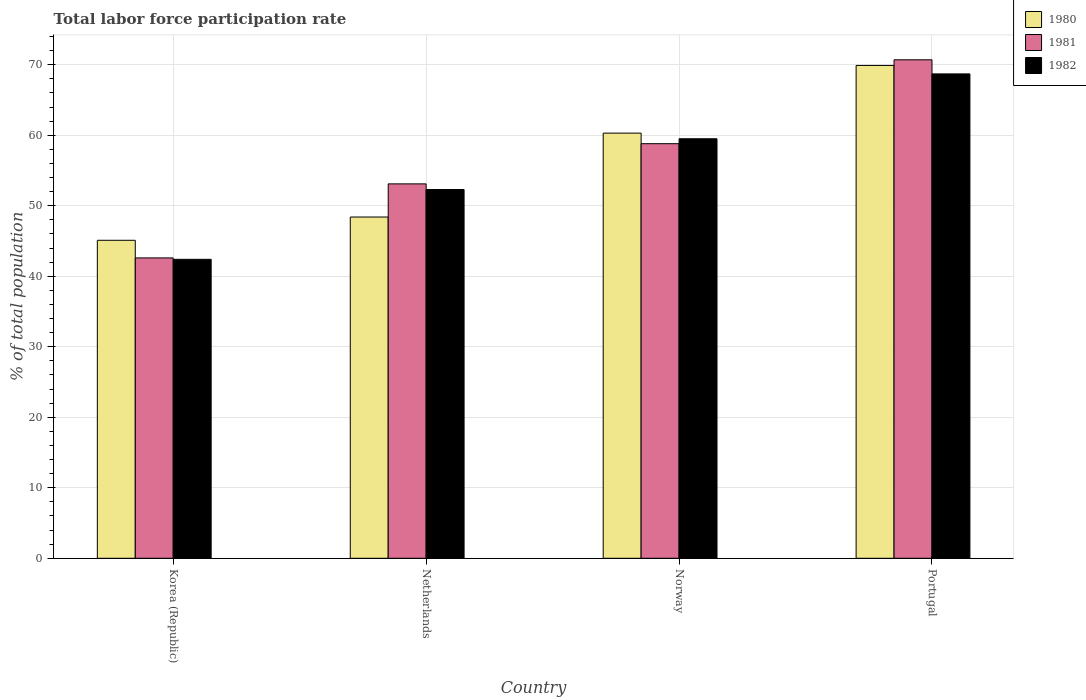
| Country | 1980 | 1981 | 1982 |
 | --- | --- | --- | --- |
 | Korea (Republic) | 45.1 | 42.6 | 42.4 |
 | Netherlands | 48.4 | 53.1 | 52.3 |
 | Norway | 60.3 | 58.8 | 59.5 |
 | Portugal | 69.9 | 70.7 | 68.7 |